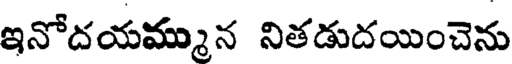
ఇనోదయమ్మున నితడుదయించెను